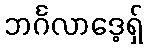
ဘင်္ဂလာဒေ့ရှ်